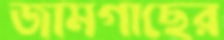
জামগাছের